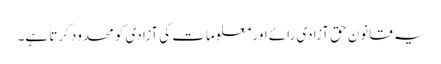
یہ قانون حق آزادی رائے اور معلومات کی آزادی کو محدود کرتا ہے۔